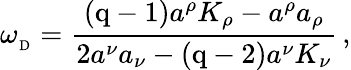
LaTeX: \omega_{_\mathrm{D}}={\frac{{(\mathrm{q-1)}}a^{\rho}K_{\rho}-a^{\rho}a_{\rho}}{2a^{\nu}a_{\nu}-{(\mathrm{q-2)}}a^{\nu}K_{\nu}}}\, ,